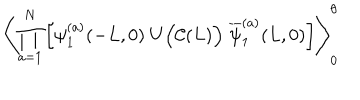
LaTeX: \left\langle \prod _ { a = 1 } ^ { N } \left[ \psi _ { 1 } ^ { ( a ) } ( - L , 0 ) \; U \Big ( { \cal C } ( L ) \Big ) \; \overline { { { \psi } } } _ { 1 } ^ { ( a ) } ( L , 0 ) \right] \right\rangle _ { 0 } ^ { \theta }